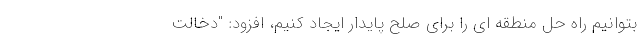
بتوانیم راه حل منطقه ای را برای صلح پایدار ایجاد کنیم، افزود: "دخالت